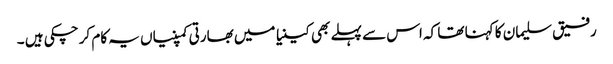
رفیق سلیمان کا کہنا تھا کہ اس سے پہلے بھی کینیا میں بھارتی کمپنیاں یہ کام کر چکی ہیں ۔